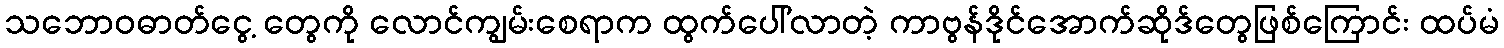
သဘောဝဓာတ်ငွေ့ တွေကို လောင်ကျွမ်းစေရာက ထွက်ပေါ်လာတဲ့ ကာဗွန်ဒိုင်အောက်ဆိုဒ်တွေဖြစ်ကြောင်း ထပ်မံ